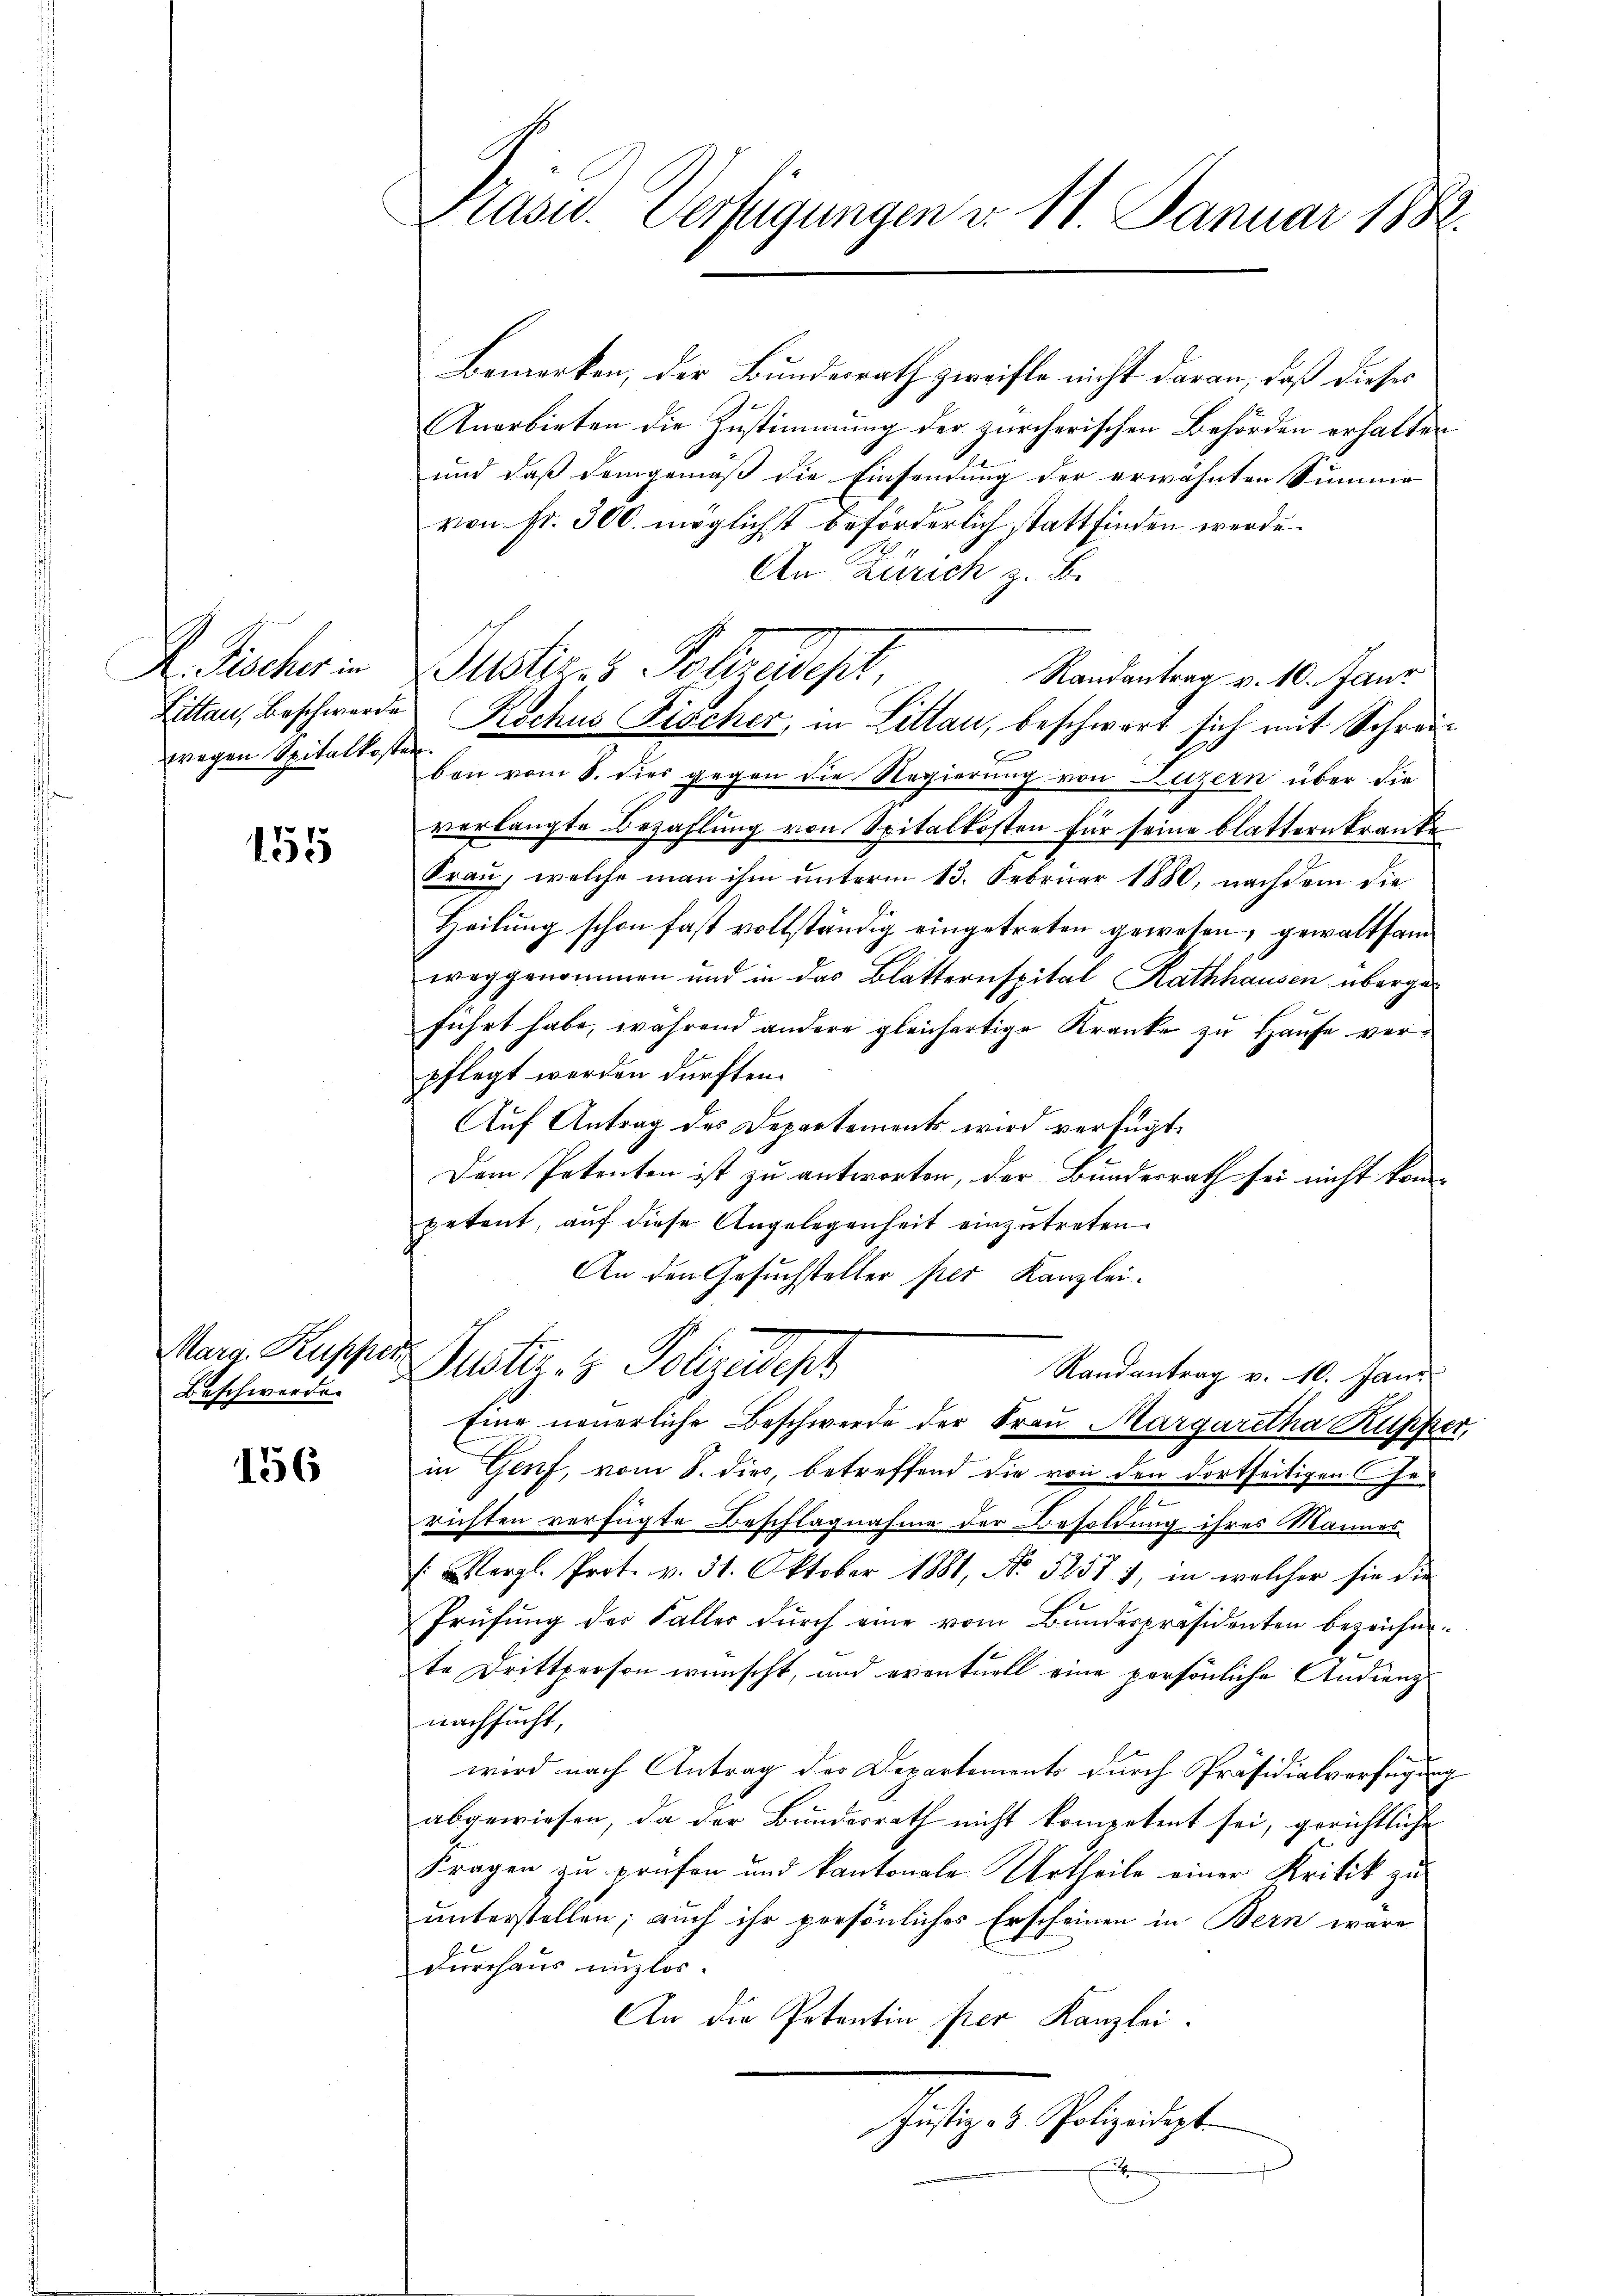
R. Fischer in
wegen Spitalkosten.

155

Beschwerde.

156

Präsid. Verfügungen v. 11. Januar 1882.

Bemerken, der Bundesrath zweifle nicht daran, daß dieses
Anerbieten die Zustimmung der zürcherischen Behörden erhalten
und daß demgemäß die Einsendung der erwähnten Summe
von fr. 300. möglichst beförderlich stattfinden werde.
An Zürich z. B.
Randantrag v. 10. Janr
Litten, Beschwerde Rochus Fischer, in Littan, beschwart sich mit Schreibon vom 8. dies gegen die Regierung von Luzern über die
verlangte Bezahlung von Spitalkosten für seine blattern kranke
Frau, welche man ihm unterm 13. Februar 1880, nachdem die
Heilung schon fast vollständig eingetreten gewesen, gewaltsam
weggenommen und in das Blatternspital Rathhausen übergeführt habe, während andere gleichertige Kranke zu Hause verpflegt werden dürften.
Auf Antrag des Departements wird verfügt:
Dem Petenten ist zu antworten, der Bundesrath sei nicht kom-
petent, auf diese Angelegenheit einzutreten.
An den Gesuchsteller per Kanzlei.
Mans Kupfer Justiz- & Polizeidest
Randantrag v. 10. Jani
Eine neuerliche Beschwerde der Frau Margaretha Kupfer,
in Genf, vom 8. dies, betreffend die von den dortseitigen Gez
richten verfügte Beschlagnahme der Besoldung ihres Mannes
(Vergl. Prot. v. 31. Oktober 1881, No 5257 1, in welcher sie die
Prüfŭng der Faller dŭrch eine vom Bŭndespräsidenten bezeichnete Drittperson wünscht, und eventuell eine persönliche Andreng
nachsucht,
wird nach Antrag des Departements durch Präsidialverfügung
abgewiesen, da der Bundesrath nicht kompetent sei, gerichtliche
Fragen zu prüfen und kantonale Urtheile einer Kritik zu
unterstellen; auch ihr persönliches Erscheinen in Bern wäre
durchaus unzlos.
An die Petentin per Kanzlei.
Justiz- & Polizeidept
E

Justiz & Polizeidet,